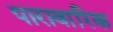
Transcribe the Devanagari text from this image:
पारावारिक